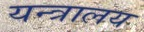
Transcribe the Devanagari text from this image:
यन्त्रालय